Indian Civil Veterinary Department memoirs
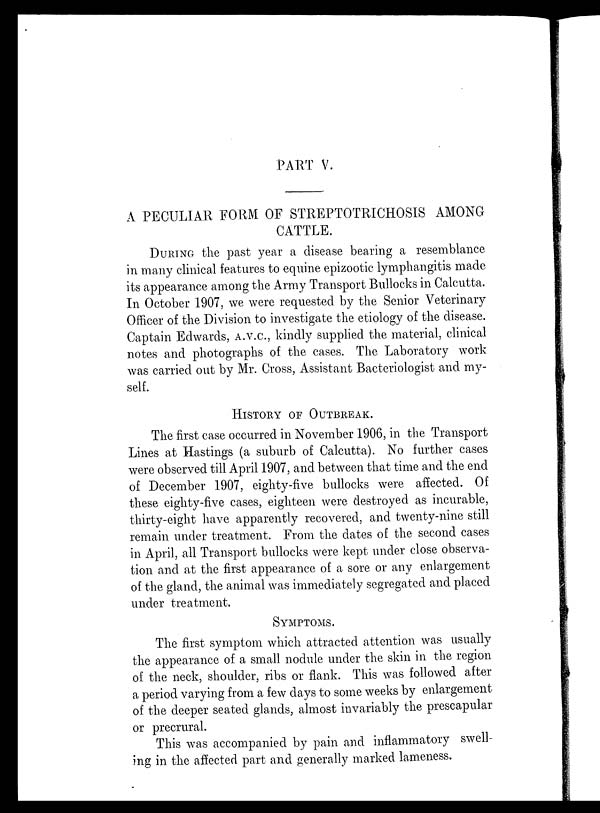
PART V.
A PECULIAR FORM OF STREPTOTRICHOSIS AMONG
CATTLE.
DURING the past year a disease bearing a resemblance
in many clinical features to equine epizootic lymphangitis made
its appearance among the Army Transport Bullocks in Calcutta.
In October 1907, we were requested by the Senior Veterinary
Officer of the Division to investigate the etiology of the disease.
Captain Edwards, A.V.C., kindly supplied the material, clinical
notes and photographs of the cases. The Laboratory work
was carried out by Mr. Cross, Assistant Bacteriologist and my-
self.
HISTORY OF OUTBREAK.
The first case occurred in November 1906, in the Transport
Lines at Hastings (a suburb of Calcutta). No further cases
were observed till April 1907, and between that time and the end
of December 1907, eighty-five bullocks were affected. Of
these eighty-five cases, eighteen were destroyed as incurable,
thirty-eight have apparently recovered, and twenty-nine still
remain under treatment. From the dates of the second cases
in April, all Transport bullocks were kept under close observa-
tion and at the first appearance of a sore or any enlargement
of the gland, the animal was immediately segregated and placed
under treatment.
SYMPTOMS.
The first symptom which attracted attention was usually
the appearance of a small nodule under the skin in the region
of the neck, shoulder, ribs or flank. This was followed after
a period varying from a few days to some weeks by enlargement
of the deeper seated glands, almost invariably the prescapular
or precrural.
This was accompanied by pain and inflammatory swell-
ing in the affected part and generally marked lameness.